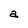
Character: a